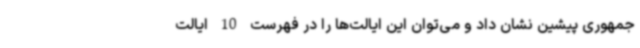
جمهوری پیشین نشان داد و می‌توان این ایالت‌ها را در فهرست 10 ایالت